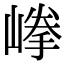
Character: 𡺹